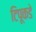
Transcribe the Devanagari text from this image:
टिपूकडे